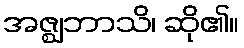
အဇ္ဈဘာသိ၊ ဆို၏။